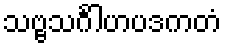
သဗ္ဗသင်္ဂါဟပဒကတံ